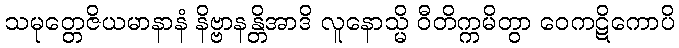
သမုတ္တေဇိယမာနာနံ နိဗ္ဗာနန္တိအာဒိ လူနောသ္မိ ဝီတိက္ကမိတွာ ဝေကဋိကောပိ